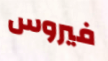
فيروس